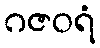
ဂဇဝရံ